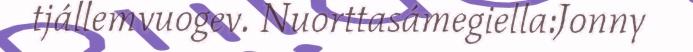
tjállemvuogev. Nuorttasámegiella:Jonny